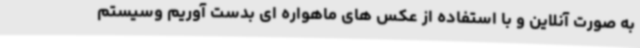
به صورت آنلاین و با استفاده از عکس های ماهواره ای بدست آوریم وسیستم